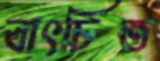
বাৎচিত